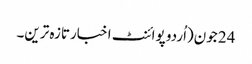
24 جون(اُردو پوائنٹ اخبارتازہ ترین۔